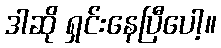
ဒါဆို ရှင်းနေပြီပေါ့။